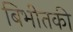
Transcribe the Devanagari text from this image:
बिभीतकी